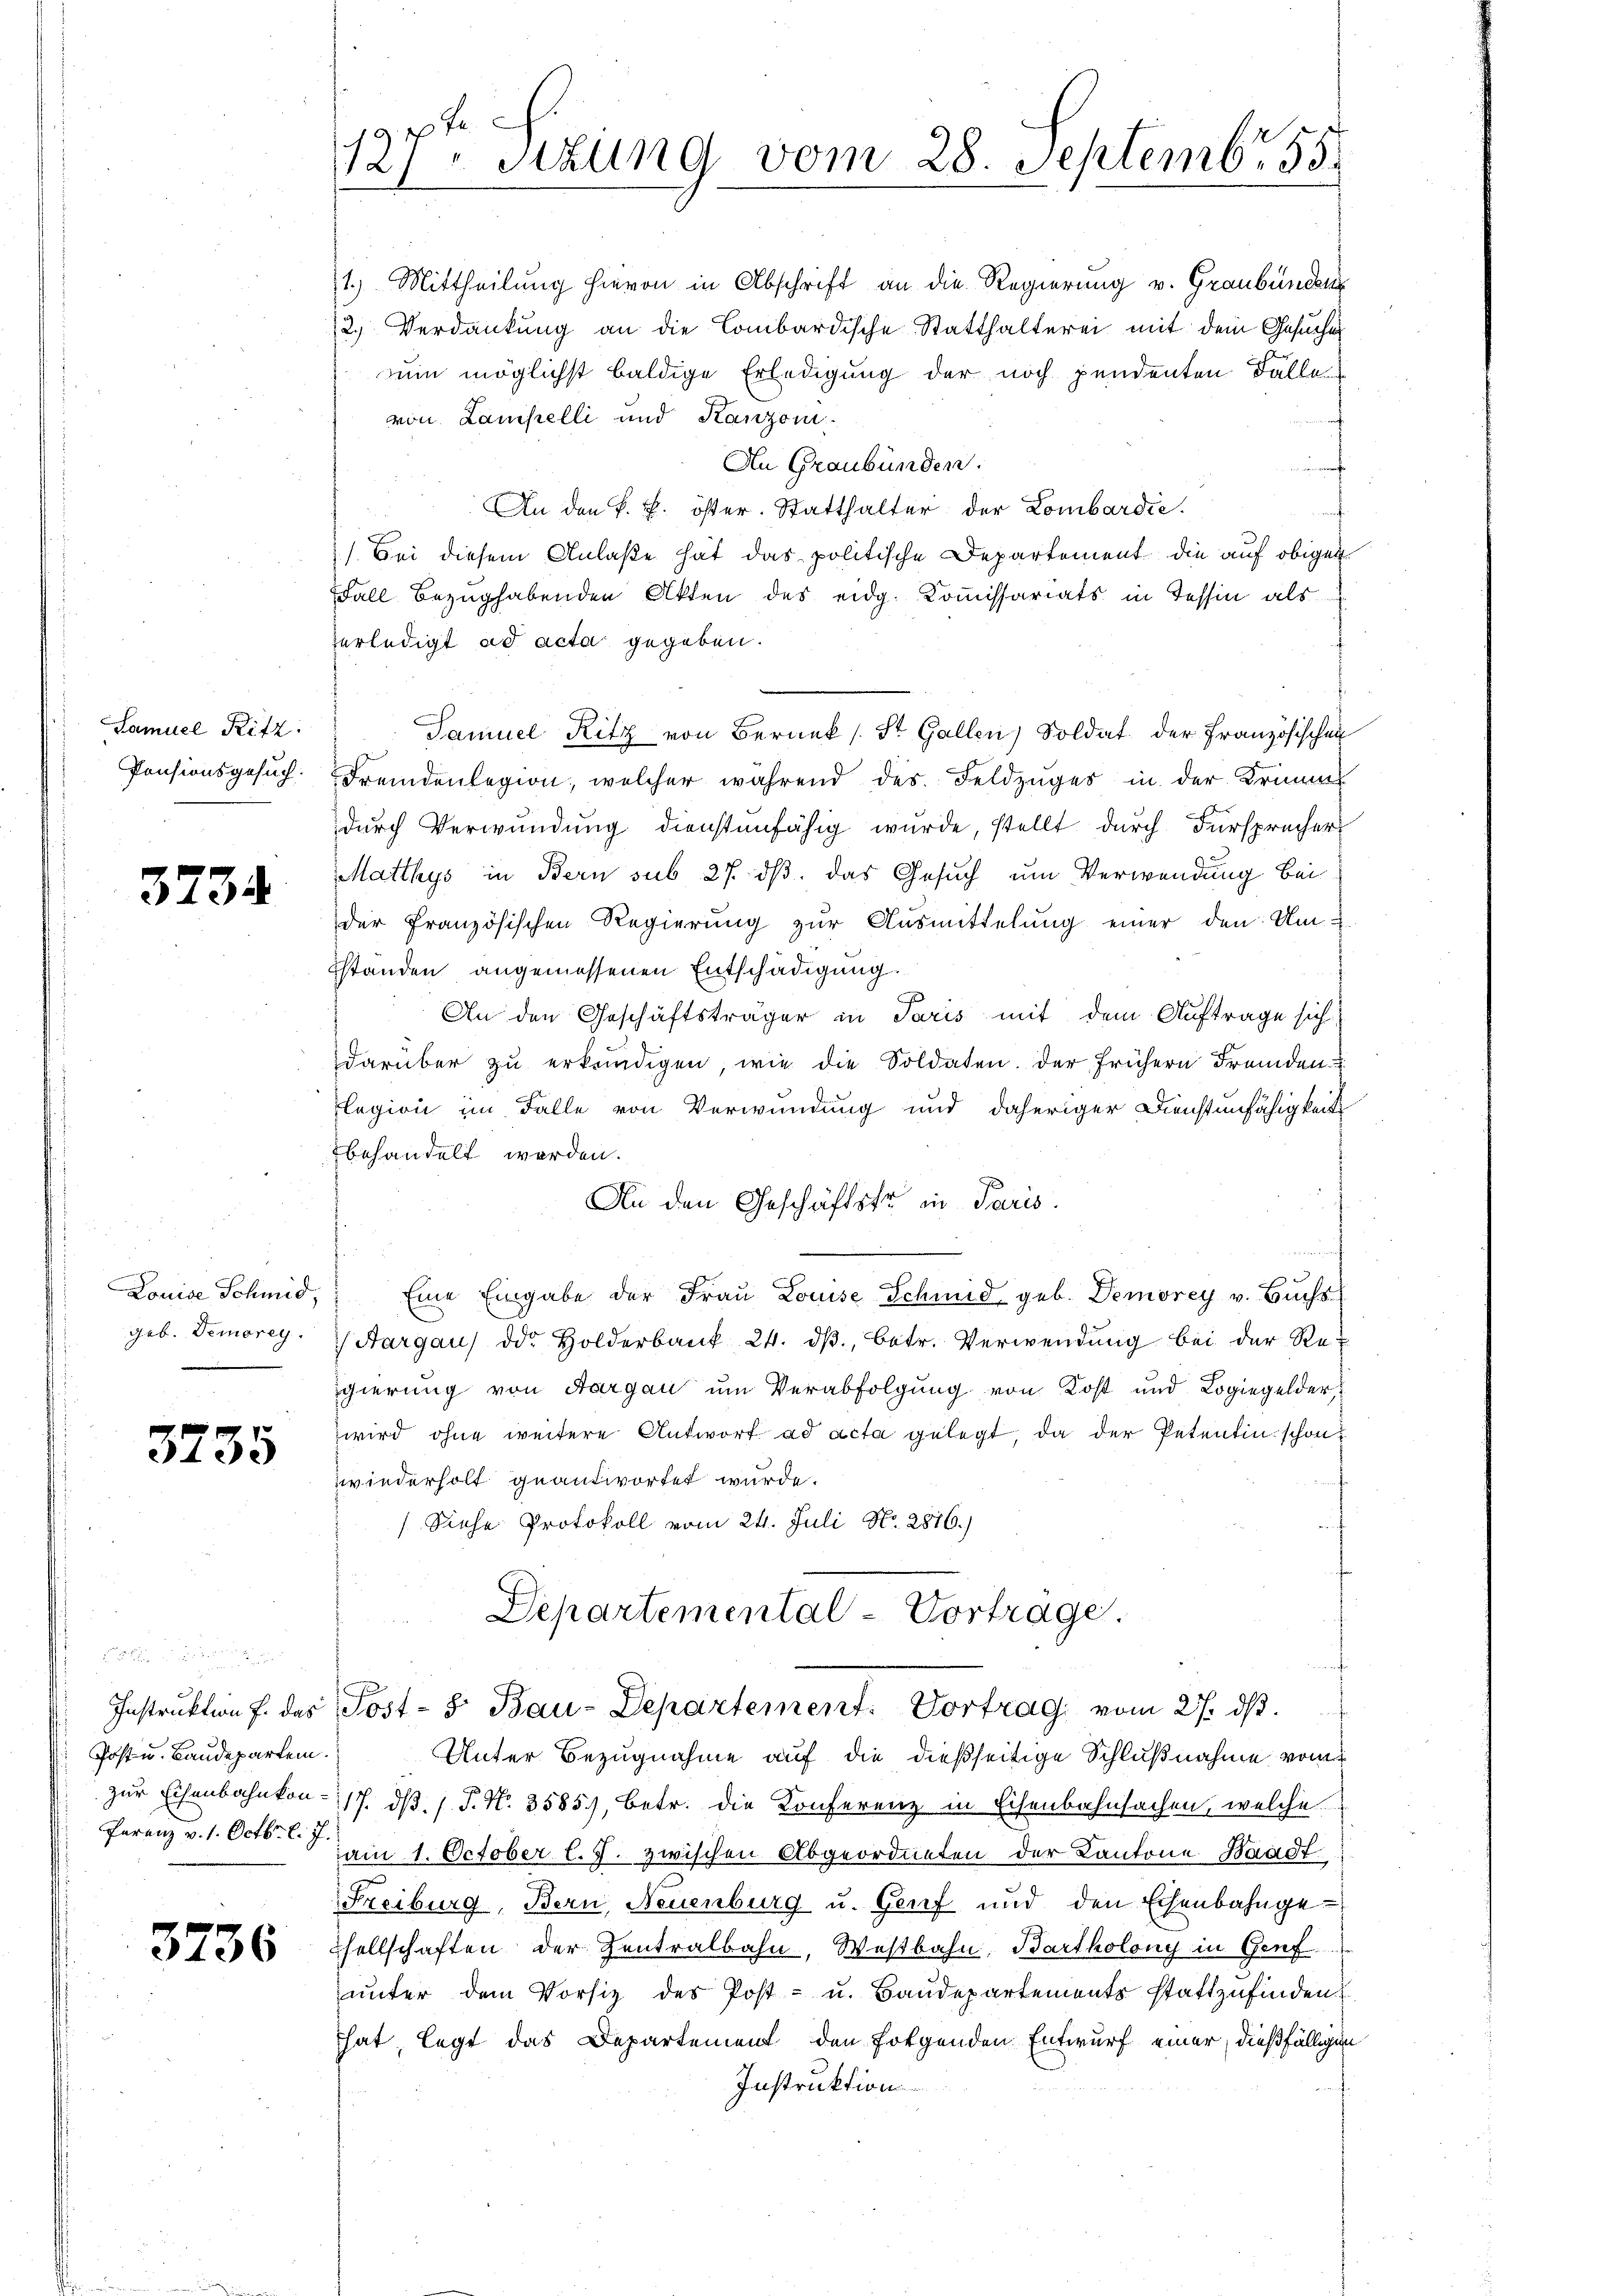
Samuel Ritz
Pensionsgesuch.

3734

Louise Schmid,
geb. Demorey.

3735

Instruktion f. das
Post u. Baudepartem.
zur Eisenbahnkon-
Parenz v. 1. Octbr. l. J.

3736

1
127 sizung vom 28. Septembr. 155

2.) Verdankung an die Combardische Statthalterei mit dem Gesuche
nun möglichst baldige Erledigung der noch pendenten Falle
von Lampelli und Kanzoni
An Graubünden.
An den k. k. öster. Statthalter der Lombardie
t
). Bei diesem Anlaße hat das politische Departement die auf obigen
Fall Bezug habenden Akten des eidg. Kommissariats in Tessin als
erledigt ad acta gegeben.
Samuel Ritz von Beruek (St. Gallen) Soldat der Französischen
Fremdenlegion, welcher während des Feldzuges in der Krinnes
durch Verwundung dienstenfähig wurde, stellt durch Fürspracher
Matthys in Bern sub 27. ds. das Gesuch um Verwendung bei
der Französischen Regierung zur Ausmittelung einer den Um-
standen angemessenen Entschädigung.
An den Geschäftsträger in Paris mit dem Auftrage sich
darüber zu erkundigen, wie die Soldaten. Der frühern Fremden
legion im Falle von Verwundung und daheriger Dienstenfähigkeit
behandelt werden.
An den Geschäftstr in Paris.
Eine Eingabe der Frau Louise Schmid geb. Demorey v. Buchs
 Aargau die Holderbank 24. dβ, betr. Verwendung bei der Re
gierung von Aargau um Verabfolgung von Kost und Logiegelder,
wird ohne weitere Antwort ad acta gelegt, da der Petentin schon
wiederholt geantwortet wurde.
Siche Protokoll vom 24. Juli No. 2876.)
Departemental-Vortrage.
Post- 5. Bau-Departement: Vortrag vom 27. dβ.
Unter Bezugnahme auf die dießseitige Schlußnahme vom
17. ds. (T. N. 3585), betr. die Konferenz in Eisenbahnsachen, welche
am 1. October l.J. zwischen Abgeordneten der Kantone Waadt
Freiburg, Bern, Neuenburg u. Genf und den Eisenbahngesellschaften der Zentralbahn, Westbahn, Bartholony in Genf
unter dem Vorsiz des Post- u. Baudepartements stattzufinden.
hat, legt das Departement den folgenden Entwurf einer, dießfälligen
Instruktion

1.) Mittheilung hievon in Abschrift an die Regierung v. Graubünden